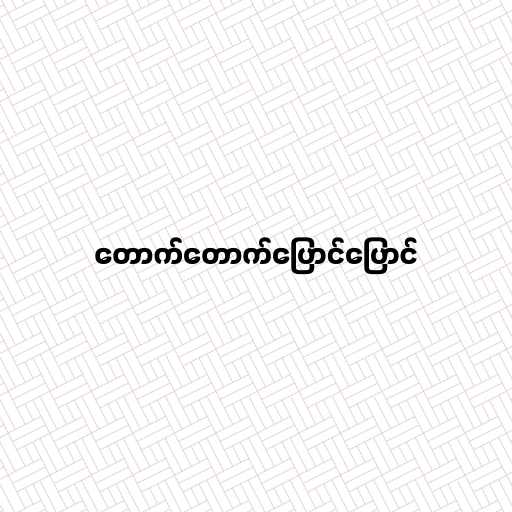
တောက်တောက်ပြောင်ပြောင်